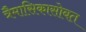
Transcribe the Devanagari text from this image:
त्रैमासिकासोबत